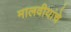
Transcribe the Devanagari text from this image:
मालवीयांचे